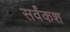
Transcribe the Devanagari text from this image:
सर्वंकश